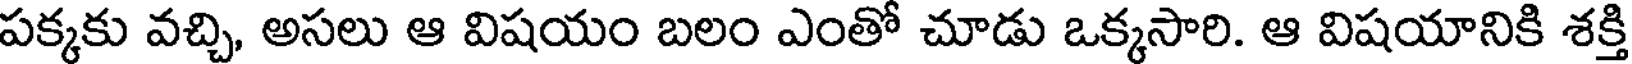
పక్కకు వచ్చి, అసలు ఆ విషయం బలం ఎంతో చూడు ఒక్కసారి. ఆ విషయానికి శక్తి